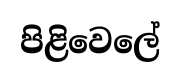
පිළිවෙලේ